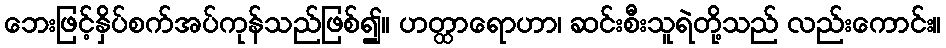
ဘေးဖြင့်နှိပ်စက်အပ်ကုန်သည်ဖြစ်၍။ ဟတ္ထာရောဟာ၊ ဆင်းစီးသူရဲတို့သည် လည်းကောင်း။